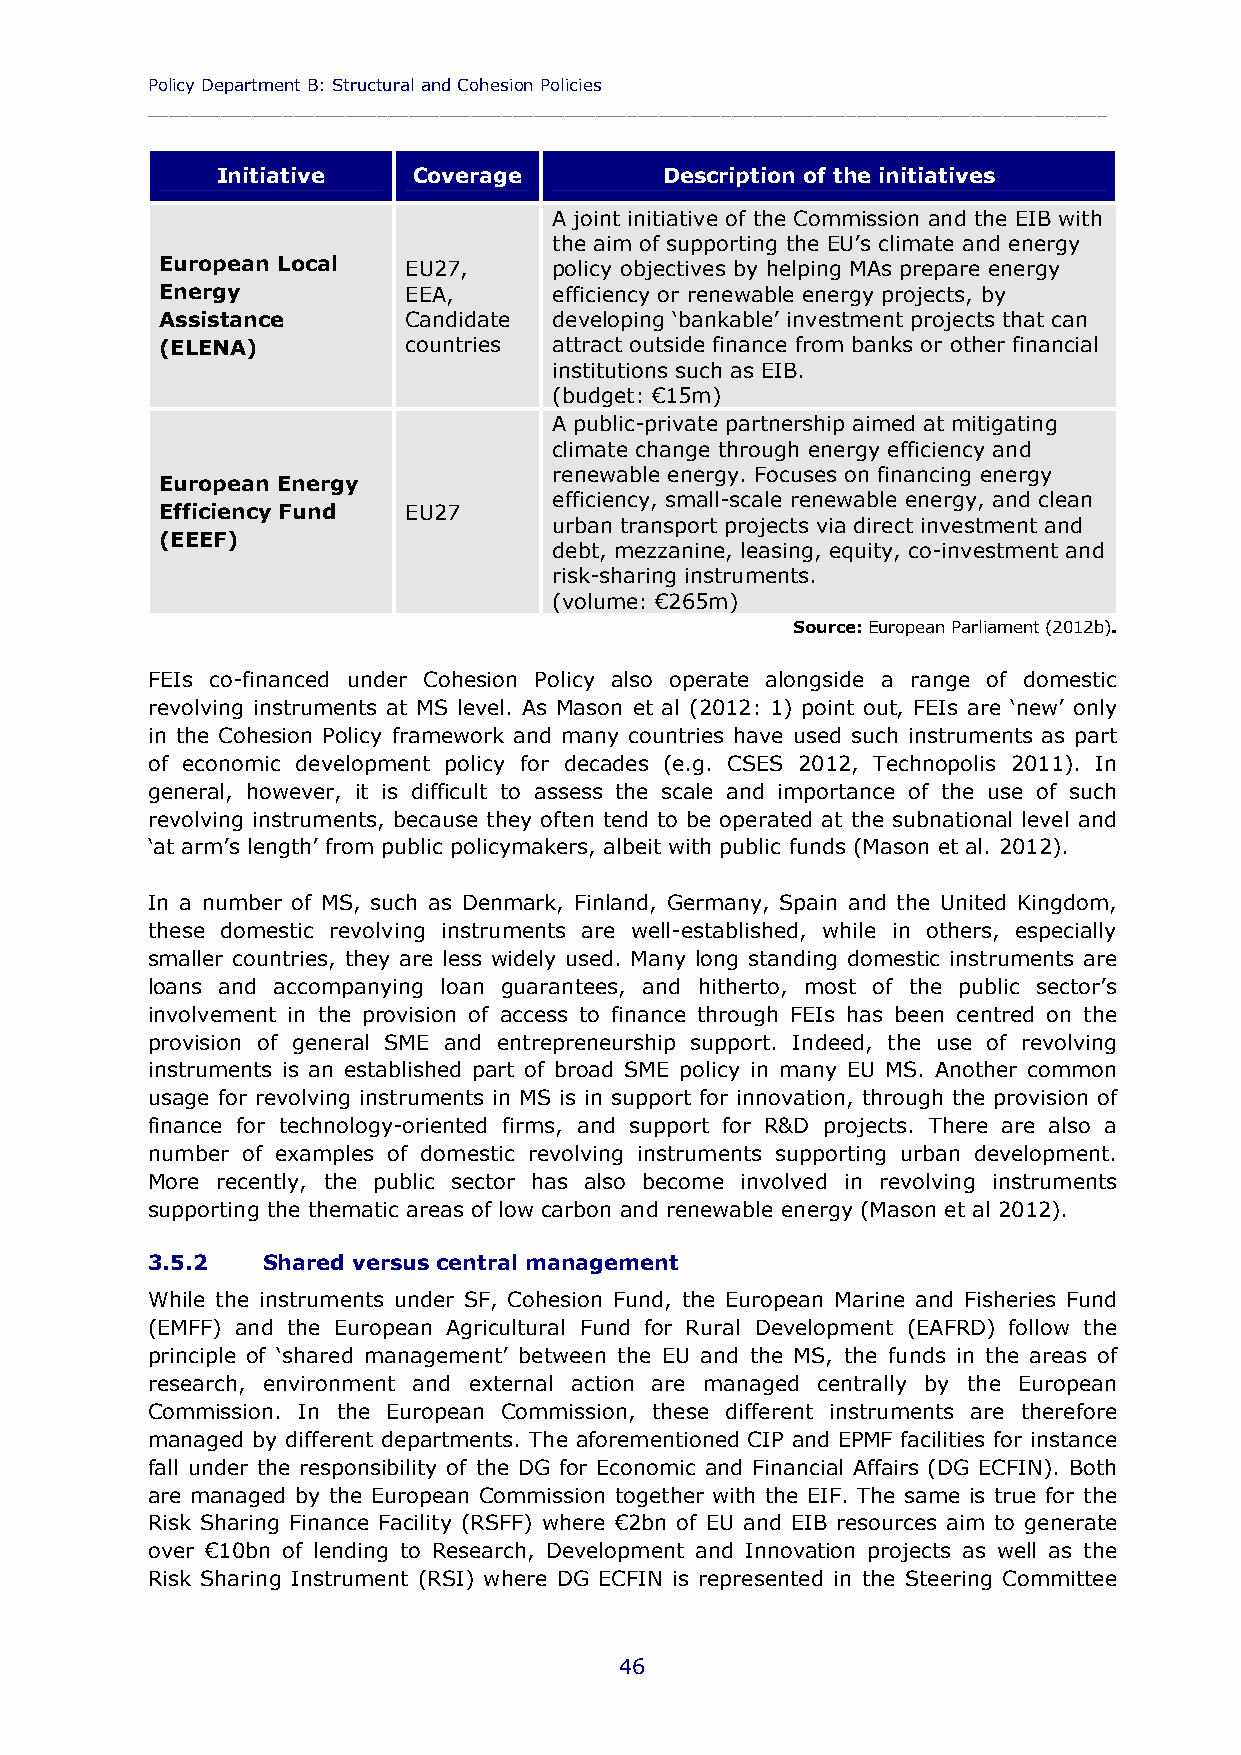
Policy Department B: Structural and Cohesion Policies
 ____________________________________________________________________________________________
 Initiative   Coverage         Description of the initiatives
 A joint initiative of the Commission and the EIB with
 the aim of supporting the EU’s climate and energy
 European Local  EU27,     policy objectives by helping MAs prepare energy
 Energy          EEA,      efficiency or renewable energy projects, by
 Assistance      Candidate developing ‘bankable’ investment projects that can
 (ELENA)         countries attract outside finance from banks or other financial
 institutions such as EIB.
 (budget: €15m)
 A public-private partnership aimed at mitigating
 climate change through energy efficiency and
 renewable energy. Focuses on financing energy
 European Energy
 efficiency, small-scale renewable energy, and clean
 Efficiency Fund EU27
 urban transport projects via direct investment and
 (EEEF)
 debt, mezzanine, leasing, equity, co-investment and
 risk-sharing instruments.
 (volume: €265m)
 Source: European Parliament (2012b).
 FEIs co-financed under Cohesion Policy also operate alongside a range of domestic
 revolving instruments at MS level. As Mason et al (2012: 1) point out, FEIs are ‘new’ only
 in the Cohesion Policy framework and many countries have used such instruments as part
 of economic development policy for decades (e.g. CSES 2012, Technopolis 2011). In
 general, however, it is difficult to assess the scale and importance of the use of such
 revolving instruments, because they often tend to be operated at the subnational level and
 ‘at arm’s length’ from public policymakers, albeit with public funds (Mason et al. 2012).
 In a number of MS, such as Denmark, Finland, Germany, Spain and the United Kingdom,
 these domestic revolving instruments are well-established, while in others, especially
 smaller countries, they are less widely used. Many long standing domestic instruments are
 loans and accompanying loan guarantees, and hitherto, most of the public sector’s
 involvement in the provision of access to finance through FEIs has been centred on the
 provision of general SME and entrepreneurship support. Indeed, the use of revolving
 instruments is an established part of broad SME policy in many EU MS. Another common
 usage for revolving instruments in MS is in support for innovation, through the provision of
 finance for technology-oriented firms, and support for R&D projects. There are also a
 number of examples of domestic revolving instruments supporting urban development.
 More recently, the public sector has also become involved in revolving instruments
 supporting the thematic areas of low carbon and renewable energy (Mason et al 2012).
 3.5.2  Shared versus central management
 While the instruments under SF, Cohesion Fund, the European Marine and Fisheries Fund
 (EMFF) and the European Agricultural Fund for Rural Development (EAFRD) follow the
 principle of ‘shared management’ between the EU and the MS, the funds in the areas of
 research, environment and external action are managed centrally by the European
 Commission. In the European Commission, these different instruments are therefore
 managed by different departments. The aforementioned CIP and EPMF facilities for instance
 fall under the responsibility of the DG for Economic and Financial Affairs (DG ECFIN). Both
 are managed by the European Commission together with the EIF. The same is true for the
 Risk Sharing Finance Facility (RSFF) where €2bn of EU and EIB resources aim to generate
 over €10bn of lending to Research, Development and Innovation projects as well as the
 Risk Sharing Instrument (RSI) where DG ECFIN is represented in the Steering Committee
 46